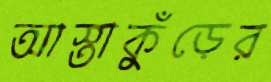
আস্তাকুঁড়ের